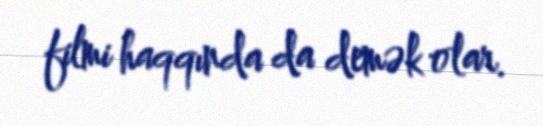
filmi haqqında da demək olar.